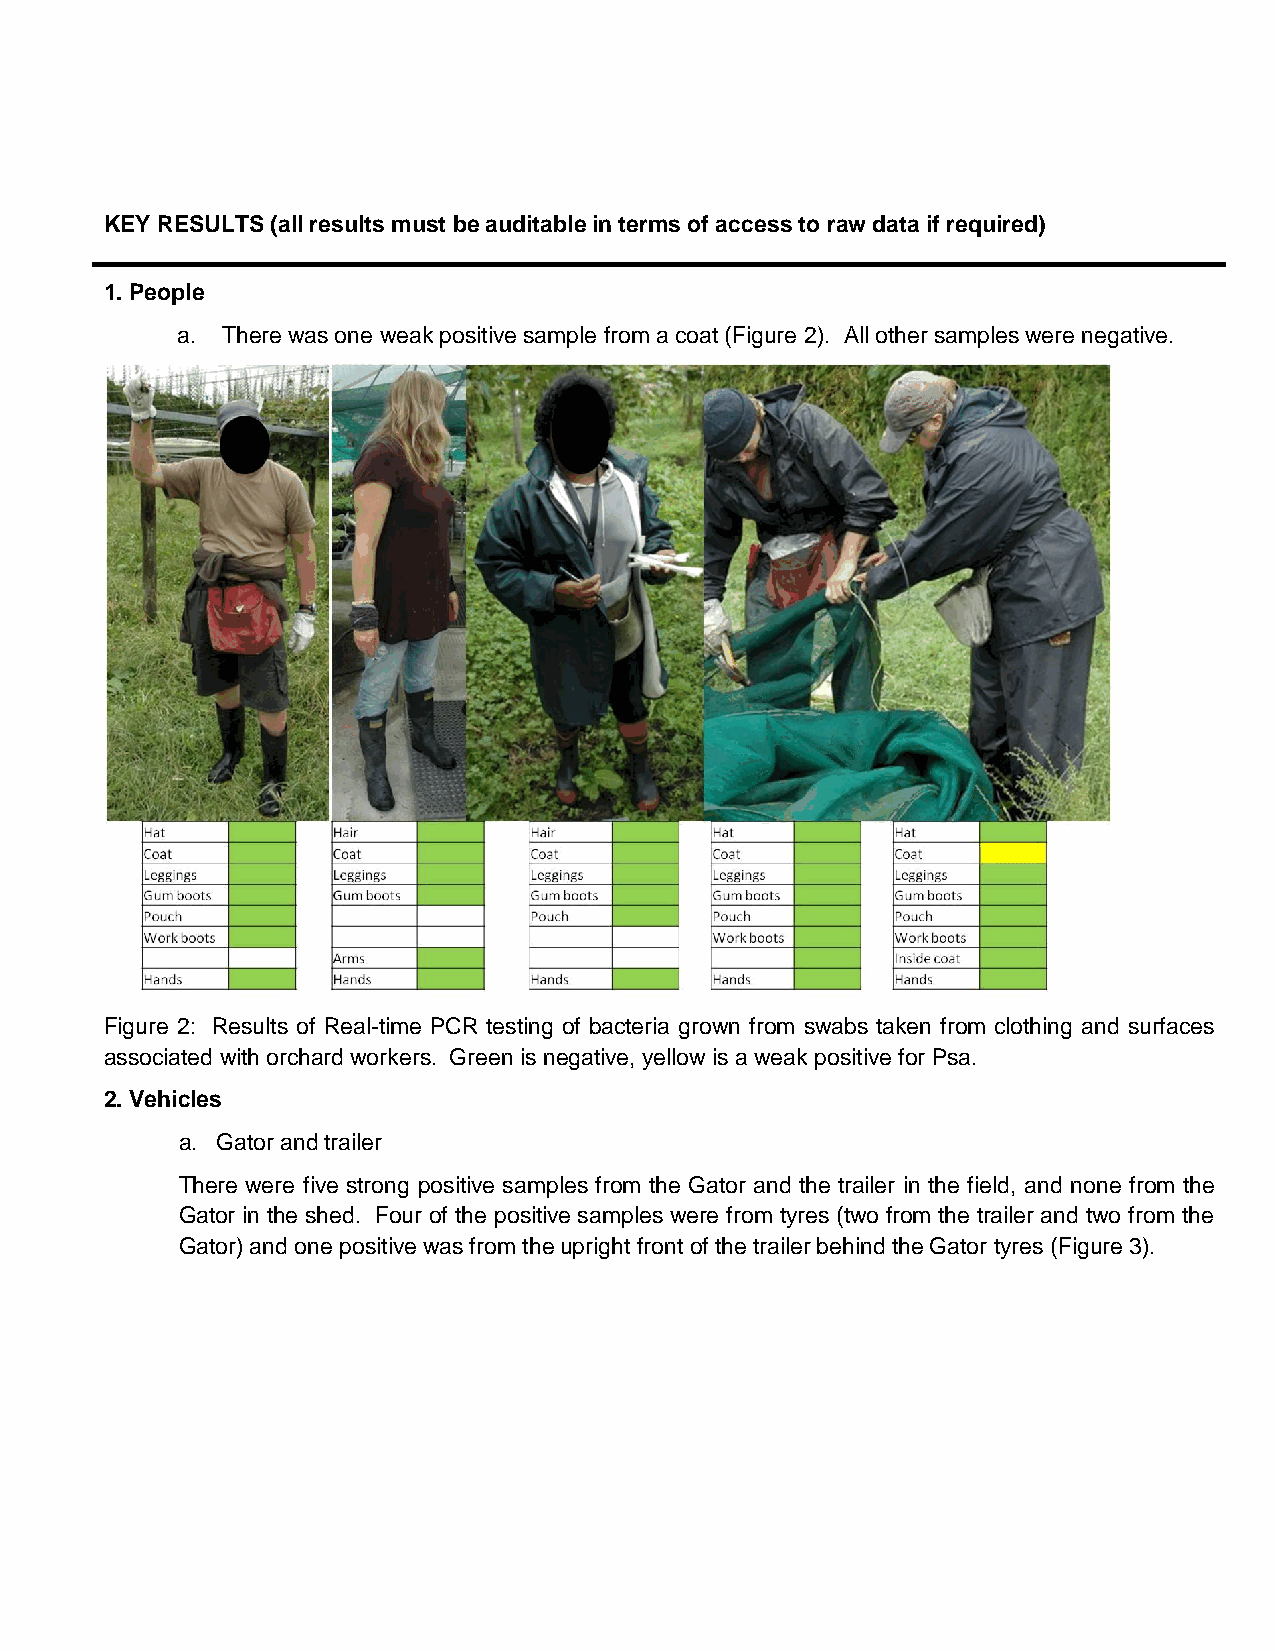
KEY RESULTS (all results must be auditable in terms of access to raw data if required)
 1. People
 a. There was one weak positive sample from a coat (Figure 2). All other samples were negative.
 Figure 2: Results of Real-time PCR testing of bacteria grown from swabs taken from clothing and surfaces
 associated with orchard workers. Green is negative, yellow is a weak positive for Psa.
 2. Vehicles
 a. Gator and trailer
 There were five strong positive samples from the Gator and the trailer in the field, and none from the
 Gator in the shed. Four of the positive samples were from tyres (two from the trailer and two from the
 Gator) and one positive was from the upright front of the trailer behind the Gator tyres (Figure 3).